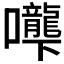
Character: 𰉌